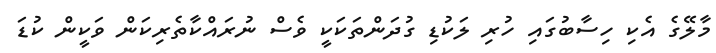
މާލޭގެ އެކި ހިސާބުގައި ހުރި ލަކުޑި ގުދަންތަކަކީ ވެސް ނުރައްކާތެރިކަން ވަކީން ކުޑަ